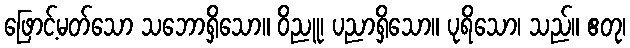
ဖြောင့်မတ်သော သဘောရှိသော။ ဝိညူ၊ ပညာရှိသော။ ပုရိသော၊ သည်။ ဧတု၊